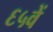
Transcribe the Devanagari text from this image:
६५वें